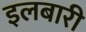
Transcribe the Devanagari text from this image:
इलबारी